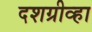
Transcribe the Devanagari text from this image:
दशग्रीव्हा